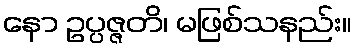
နော ဥပ္ပဇ္ဇတိ၊ မဖြစ်သနည်း။